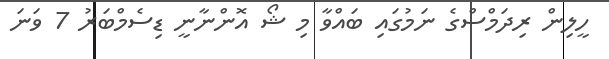
ހީލިން ރިދަމްސްގެ ނަމުގައި ބައްވާ މި ޝޯ އޮންނާނީ ޑިސެމްބަރު 7 ވަނަ